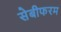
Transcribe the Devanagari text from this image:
सेबीफरम